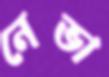
নেভা